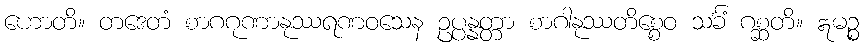
ဟောတိ။ တဒေတံ စာဂဂုဏာနုဿရဏဝသေန ဥပ္ပန္နတ္တာ စာဂါနုဿတိစ္စေဝ သင်္ခံ ဂစ္ဆတိ။ ဣမဉ္စ